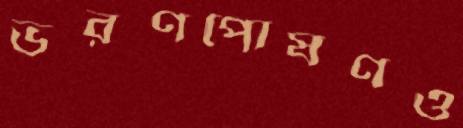
ভরণপোষণও